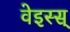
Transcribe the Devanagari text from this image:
वेइस्स्